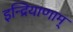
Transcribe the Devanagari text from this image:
इन्द्रियाणाम्